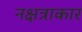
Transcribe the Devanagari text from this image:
नक्षत्राकार